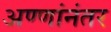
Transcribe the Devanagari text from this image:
अण्णांनंतर